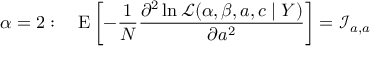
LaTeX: \alpha = 2 : \quad \operatorname { E } \left[ - { \frac { 1 } { N } } { \frac { \partial ^ { 2 } \ln { \mathcal { L } } ( \alpha , \beta , a , c \mid Y ) } { \partial a ^ { 2 } } } \right] = { \mathcal { I } } _ { a , a }